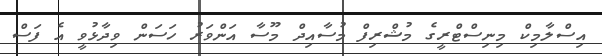
އިސްލާމިކް މިނިސްޓްރީގެ މުޝްރިފް މުސާއިދް މޫސާ އަންވަރު ހަސަން ވިދާޅުވީ އެ ފަސް